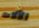
الآلات